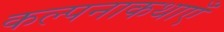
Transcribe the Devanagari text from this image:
कल्पनाकथाएँ